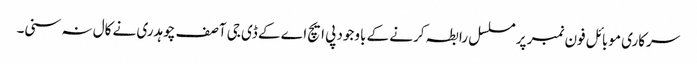
سرکاری موبائل فون نمبر پر مسلسل رابطہ کرنے کے باوجود پی ایچ اے کے ڈی جی آصف چوہدری نے کال نہ سنی۔